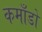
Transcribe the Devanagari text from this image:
कमाँडो